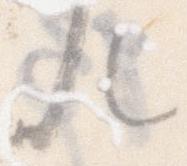
な